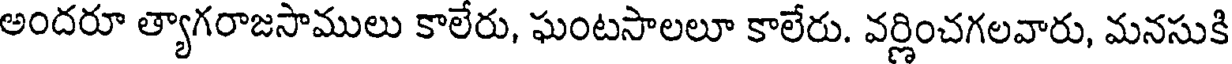
అందరూ త్యాగరాజసాములు కాలేరు, ఘంటసాలలూ కాలేరు. వర్ణించగలవారు, మనసుకి